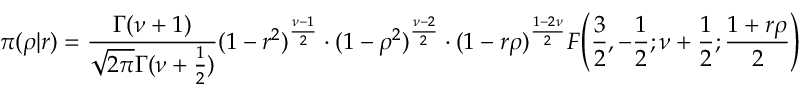
\pi ( \rho | r ) = { \frac { \Gamma ( \nu + 1 ) } { { \sqrt { 2 \pi } } \Gamma ( \nu + { \frac { 1 } { 2 } } ) } } ( 1 - r ^ { 2 } ) ^ { \frac { \nu - 1 } { 2 } } \cdot ( 1 - \rho ^ { 2 } ) ^ { \frac { \nu - 2 } { 2 } } \cdot ( 1 - r \rho ) ^ { \frac { 1 - 2 \nu } { 2 } } F \! \left( { \frac { 3 } { 2 } } , - { \frac { 1 } { 2 } } ; \nu + { \frac { 1 } { 2 } } ; { \frac { 1 + r \rho } { 2 } } \right)